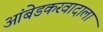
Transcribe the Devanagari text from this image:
आंबेडकरवादाला